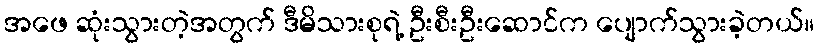
အဖေ ဆုံးသွားတဲ့အတွက် ဒီမိသားစုရဲ့ ဦးစီးဦးဆောင်က ပျောက်သွားခဲ့တယ်။